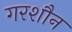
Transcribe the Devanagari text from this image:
गरशौन